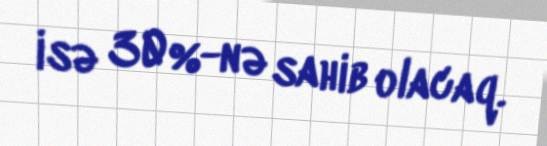
isə 30%-nə sahib olacaq.